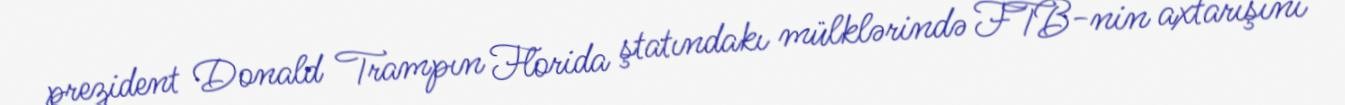
prezident Donald Trampın Florida ştatındakı mülklərində FTB-nin axtarışını